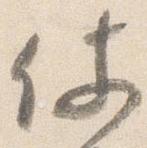
仗